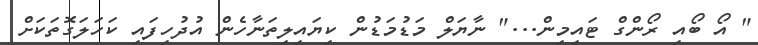
" އޯ ބޯއި ރޯންގް ޓައިމިން..." ނާޔަލް މަޑުމަޑުން ކިޔައިލިތަނާހެން އުދުހިފައި ކަހަލަގޮތަކަށް